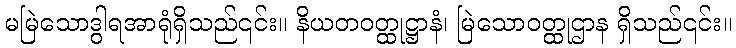
မမြဲသောဒွါရအာရုံရှိသည်၎င်း။ နိယတဝတ္ထုဋ္ဌာနံ၊ မြဲသောဝတ္ထုဌာန ရှိသည်၎င်း။